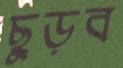
ছুড়ব